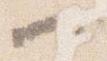
一